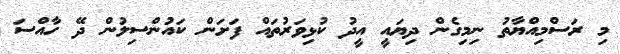
މި ރަސްމިއްޔާތު ނިމިގެން ދިޔައީ އީދު ކުޅިވަރުތައް ފަށަން ކައުންސިލުން ދޭ ހާއްސަ